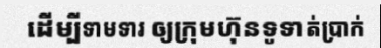
ដើម្បីទាមទារ ឲ្យក្រុមហ៊ុនទូទាត់ប្រាក់